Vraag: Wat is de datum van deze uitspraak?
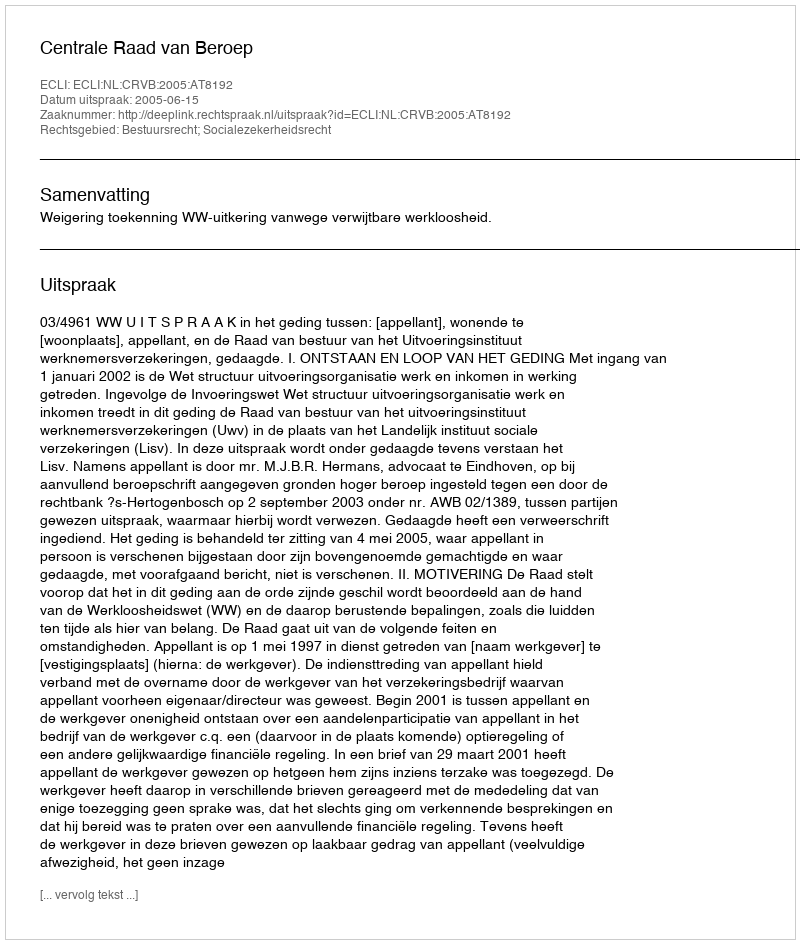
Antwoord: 2005-06-15